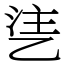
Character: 乼